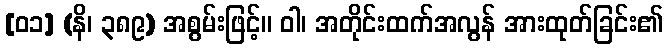
[၀၁] (နိ၊ ၃၈၉) အစွမ်းဖြင့်။ ဝါ၊ အတိုင်းထက်အလွန် အားထုတ်ခြင်း၏